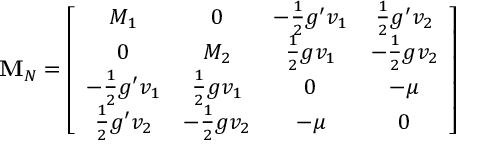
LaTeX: { \mathbf M } _ { N } = \left[ \begin{array} { c c c c } { { M _ { 1 } } } & { { 0 } } & { { - \frac 1 2 g ^ { \prime } v _ { 1 } } } & { { \frac 1 2 g ^ { \prime } v _ { 2 } } } \\ { { 0 } } & { { M _ { 2 } } } & { { \frac 1 2 g v _ { 1 } } } & { { - \frac 1 2 g v _ { 2 } } } \\ { { - \frac 1 2 g ^ { \prime } v _ { 1 } } } & { { \frac 1 2 g v _ { 1 } } } & { { 0 } } & { { - \mu } } \\ { { \frac 1 2 g ^ { \prime } v _ { 2 } } } & { { - \frac 1 2 g v _ { 2 } } } & { { - \mu } } & { { 0 } } \end{array} \right]